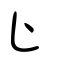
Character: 止